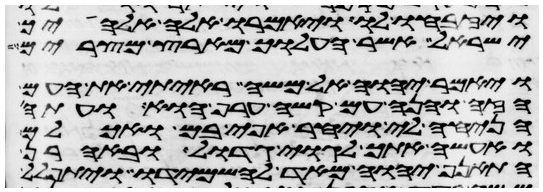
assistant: ויזבחו לו ויאמרו אלה אלהיך
ישראל אשר העלוך מארץ מצרים
ויאמר יהוה אל משה ראיתי את העם
הזה והנה עם קשה ערף הוא ועתה
הניחה לי ויחר אפי בם ואכלם
ואעשה אתך לגוי גדול ובאהרן
התאנף יהוה מאד להשמידו ויתפלל